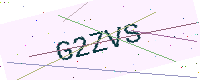
Text: G2ZVS